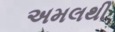
અમલથી